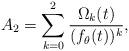
LaTeX: \begin{align*}A_{2}=\sum_{k=0}^{2}{\Omega_{k}(t)\over (f_{\theta}(t))^{k}},\end{align*}